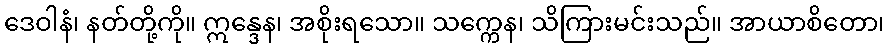
ဒေဝါနံ၊ နတ်တို့ကို။ ဣန္ဒေန၊ အစိုးရသော။ သက္ကေန၊ သိကြားမင်းသည်။ အာယာစိတော၊